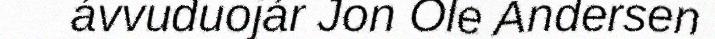
ávvuduojár Jon Ole Andersen